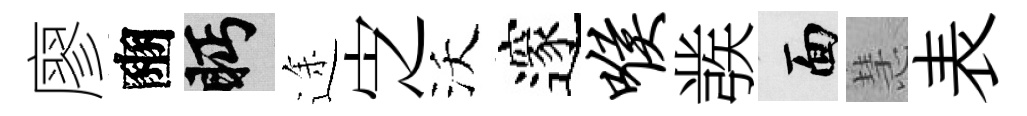
廖豳眄途㝎沃邃喉彂面慧表